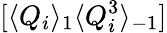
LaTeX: [\langle Q_{i}\rangle_{1}\langle Q_{i}^{3}\rangle_{-1}]